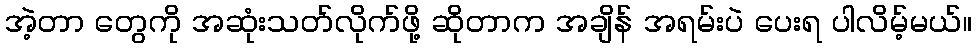
အဲ့တာ တွေကို အဆုံးသတ်လိုက်ဖို့ ဆိုတာက အချိန် အရမ်းပဲ ပေးရ ပါလိမ့်မယ်။